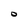
Character: O